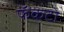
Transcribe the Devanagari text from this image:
फॅकटो